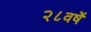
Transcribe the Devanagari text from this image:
२८वर्षे